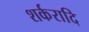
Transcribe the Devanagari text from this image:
शर्करादि